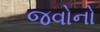
જવોનો